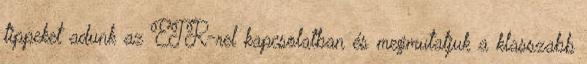
tippeket adunk az ETR-rel kapcsolatban és megmutatjuk a klasszabb